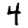
Digit: 4